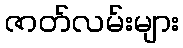
ဇာတ်လမ်းများ